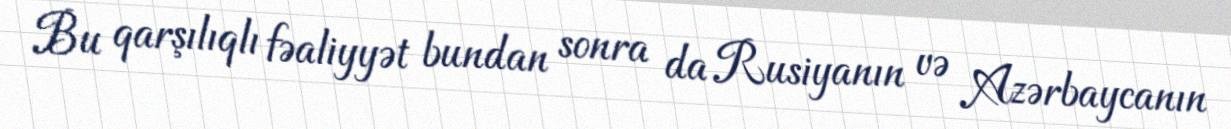
Bu qarşılıqlı fəaliyyət bundan sonra da Rusiyanın və Azərbaycanın